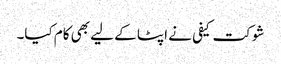
شوکت کیفی نے اپٹا کے لیے بھی کام کیا۔